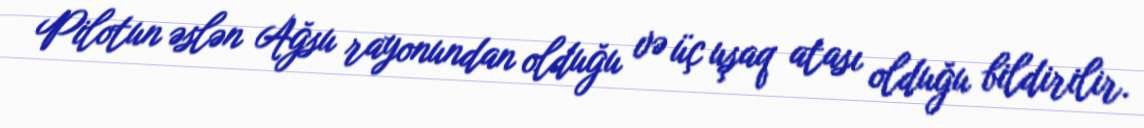
Pilotun əslən Ağsu rayonundan olduğu və üç uşaq atası olduğu bildirilir.